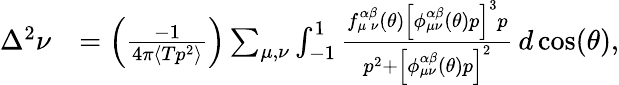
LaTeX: \begin{array}{rl}{\Delta^{2}\nu}&{=\left(\frac{-1}{4\pi\langle Tp^{2}\rangle}\right)\sum_{{\mu},{\nu}}\int_{-1}^{1}\frac{f_{{\mu}\, {\nu}}^{\alpha\beta}(\theta)\left[\phi_{{\mu}{\nu}}^{\alpha\beta}(\theta)p\right]^{3}p}{p^{2}+\left[\phi_{{\mu}{\nu}}^{\alpha\beta}(\theta)p\right]^{2}}\, d\cos(\theta),}\end{array}